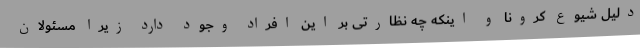
دلیل شیوع کرونا و اینکه چه نظارتی بر این افراد وجود دارد زیرا مسئولان